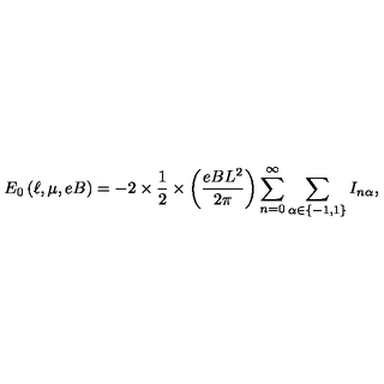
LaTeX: E _ { 0 } \left( \ell , \mu , e B \right) = - 2 \times \frac { 1 } { 2 } \times \left( \frac { e B L ^ { 2 } } { 2 \pi } \right) \sum _ { n = 0 } ^ { \infty } \sum _ { \alpha \in \left\{ - 1 , 1 \right\} } I _ { n \alpha } ,